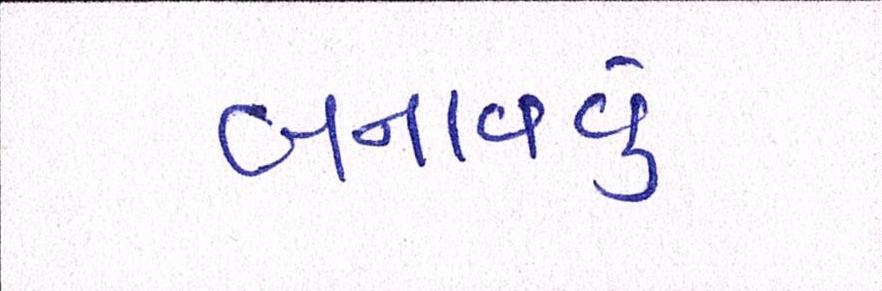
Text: બનાવવુઃ